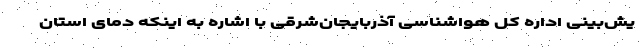
یش‌بینی اداره کل هواشناسی آذربایجان‌شرقی با اشاره به اینکه دمای استان